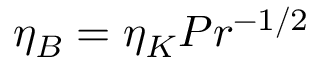
\eta _ { B } = \eta _ { K } P r ^ { - 1 / 2 }